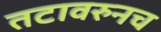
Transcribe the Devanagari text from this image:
तटावरुनच